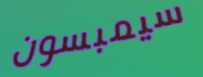
سيمبسون